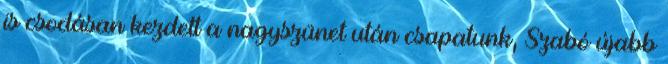
is csodásan kezdett a nagyszünet után csapatunk, Szabó újabb